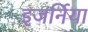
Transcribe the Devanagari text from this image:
इजर्निया